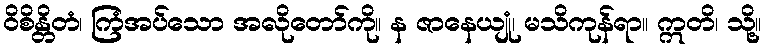
ဝိစိန္တိတံ၊ ကြံအပ်သော အလိုတော်ကို။ န ဇာနေယျုံ၊ မသိကုန်ရာ။ ဣတိ၊ သို့။